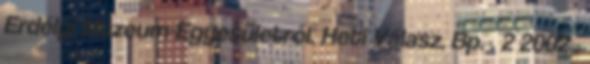
Erdélyi Múzeum-Egyesületről. Heti Válasz. Bp. . 2 2002 .